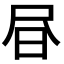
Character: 𭥜